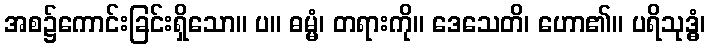
အစ၌ကောင်းခြင်းရှိသော။ ပ။ ဓမ္မံ၊ တရားကို။ ဒေသေတိ၊ ဟော၏။ ပရိသုဒ္ဓံ၊